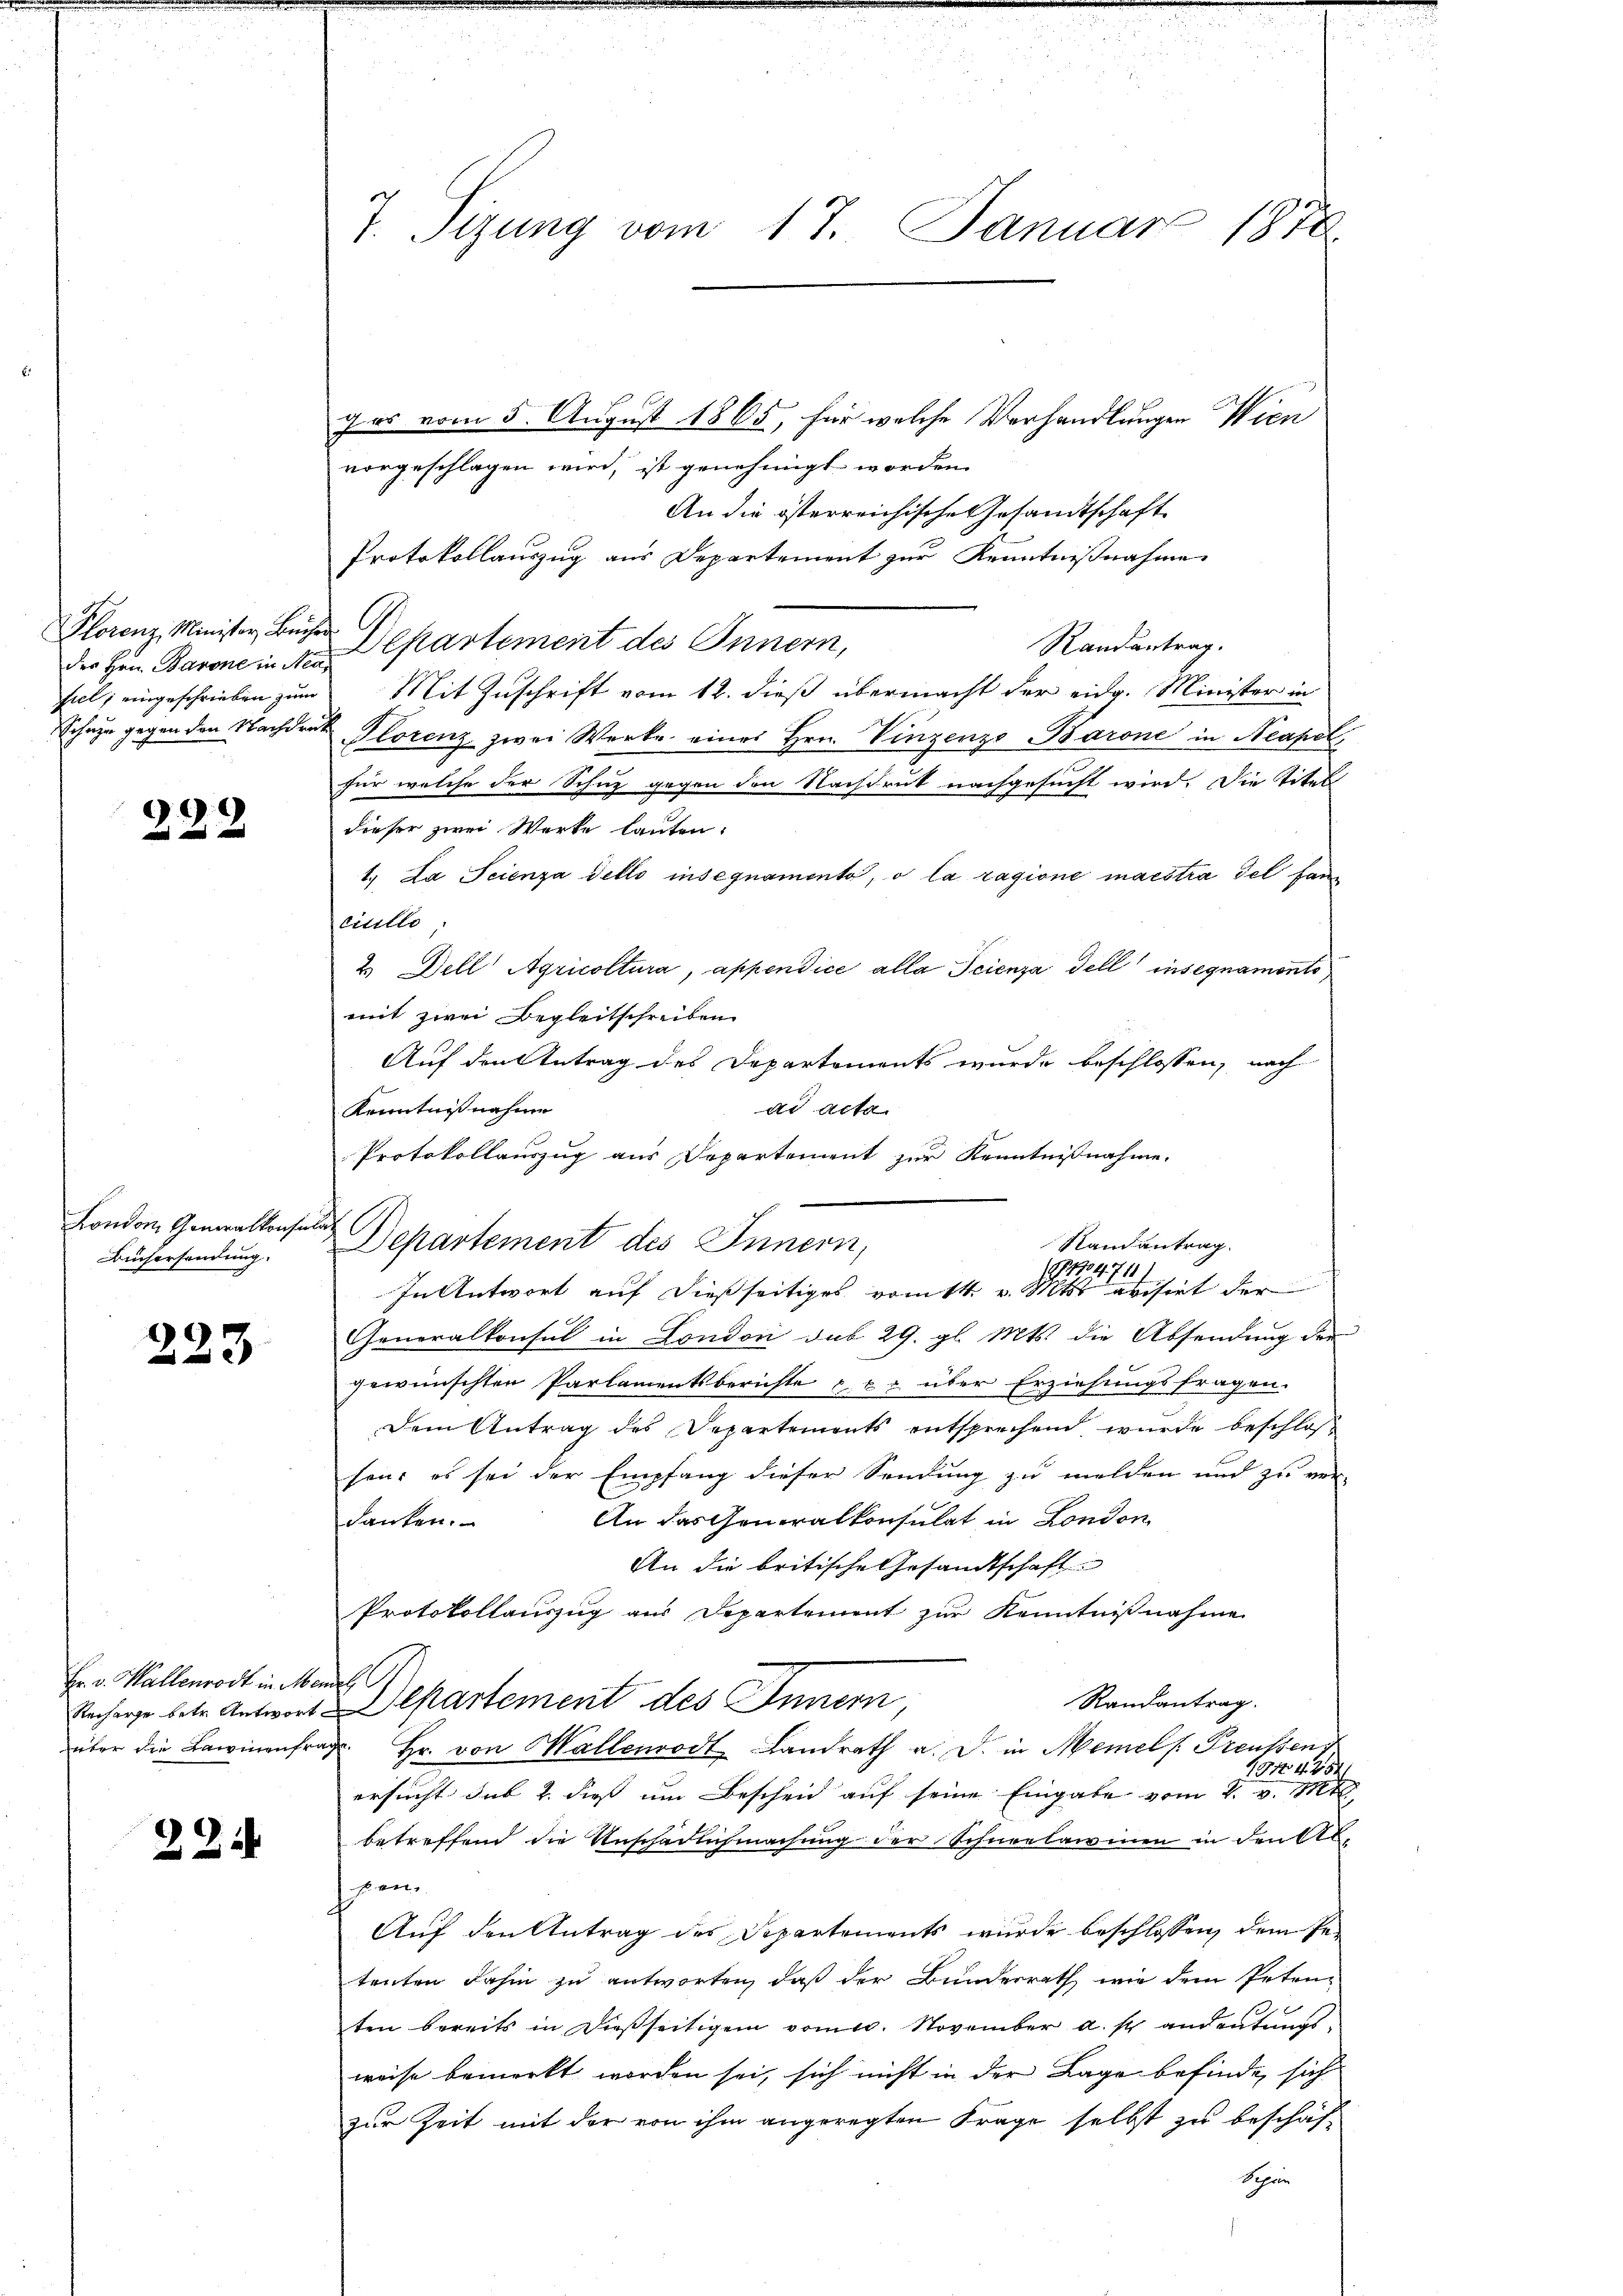
des Hrn. Barone in Neafiel, eingeschrieben zum

.
2 x

London Generalkonsen
Buchersendung.

223

Er. v. Wallenrodt in Mannes C.

22

7. Sizung vom 17. Januar 1878.

Das vom 5. August 1865, für welche Verhandlungen Wien
vorgeschlagen wird, ist genehmigt worden.
An die österreichische esandtschaft
Protokollauszug aus Departement zur Kenntnißnahme
Plorenz Minister, Büche Departement des Innern,
Randantrag.
Mit Zuschrift vom 12. dieß übermacht der eidg. Minister in
Schaze gegen den Nachdruk Plorenz zwei Werke eines Hrn. Vinzenzo Barone in Neapel
für welche der Schnz gegen den Nachdruck nachgesucht wird. Die Titel
dieser zwei Werke lauten.
1. La Scienza dello insegnamento, o la ragione maistra del fan
ciullo
u Dell Agricoltura, appendice alla Seienza dell insegnamento
mit zwei Begleitschreiben
Auf den Antrag des Departements wurde beschlossen, nach
Kenntnisnahme
ad acta
Protokollauszug aus Departement zur Kenntnißnahme.
Departement des Innern,
Generalkonsul in London sub 29. gl. Mts. die Absendung der
gewünschten Parlamentsberichte der über Erziehungsfragen.
Dem Antrag des Departements entsprechend wurde beschlos
sen; es sei der Empfang dieser Sendung zu melden und zu ver-
danken. An das Generalkonsulat in London
An die britische Gesandtschaft
Protokollauszug aus Departement zur Kenntnißnahme
Randantrag.
Nacharge betr. Antwort partement des Innern,
über die Lawinenfrag Hr. von Mallenrodt Landrath a. d. in Memels. Preussen
1944. 254:
ersucht das 2. dieß um Bescheid auf seine Eingabe vom 2. v. Mtt.
betreffend die Anschädlichmachung der Schneelawinen in denkte
p. en
Auf den Antrag des Departements wurde beschlossen, dem Petenten dahin zu antworten, daß der Bunderrath wie dem Peten-
ten bereits in dießseitigem vom 10. November a. s. andeutungsweise bemerkt worden sei, sich nicht in der Lage befinde, sich
zur Zeit mit der von ihm angeregten Frage selbst zu beschäf-
Seprin

a

Stand antrag.
199134711.
In Antwort auf dießseitiges vom 14. v. Mts. evisirt der